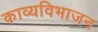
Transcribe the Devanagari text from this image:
काव्यविभाजन